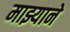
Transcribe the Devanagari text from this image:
माझ्याने